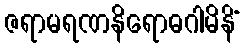
ဇရာမရဏနိရောဓဂါမိနိံ